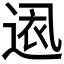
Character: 𮞕